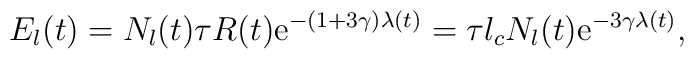
E_l(t) = N_l(t) \tau R(t) \mathrm{e}^{-(1+3\gamma)\lambda(t)}        = \tau l_c N_l(t) \mathrm{e}^{-3\gamma\lambda(t)},